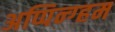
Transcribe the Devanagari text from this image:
अप्पिन्ग्हम